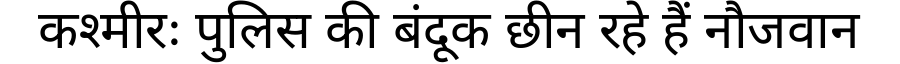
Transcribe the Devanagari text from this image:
कश्मीरः पुलिस की बंदूक छीन रहे हैं नौजवान